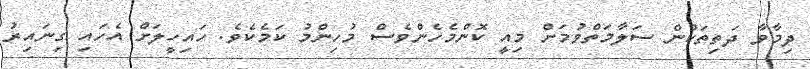
ދިމާވާ ދަތިތަކުން ސަލާމަތްވުމަށް މިއީ ކޮންމެހެންވެސް މުހިންމު ކަމެކެވެ. ހައިހީލަށް އެހައި ގިނައިރު